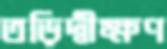
তড়িদ্বীক্ষণ